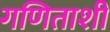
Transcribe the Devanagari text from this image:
गणिताशी